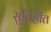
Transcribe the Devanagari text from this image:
सुविहीत